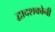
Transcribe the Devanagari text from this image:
द्वादशकोनी